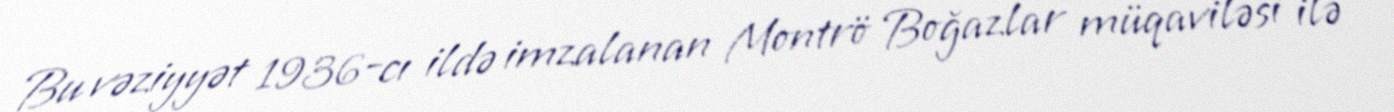
Bu vəziyyət 1936-cı ildə imzalanan Montrö Boğazlar müqaviləsi ilə